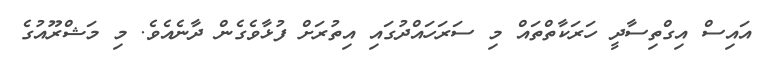
އައިސް އިގްތިސާދީ ހަރަކާތްތައް މި ސަރަހައްދުގައި އިތުރަށް ފުޅާވެގެން ދާނެއެވެ. މި މަޝްރޫއުގެ